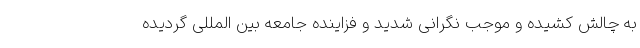
به چالش کشیده و موجب نگرانی شدید و فزاینده جامعه بین المللی گردیده